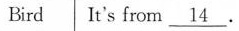
Bird It's from \underline{14} .